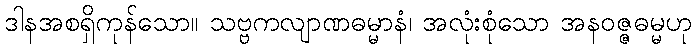
ဒါနအစရှိကုန်သော။ သဗ္ဗကလျာဏဓမ္မာနံ၊ အလုံးစုံသော အနဝဇ္ဇဓမ္မဟု